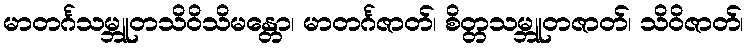
မာတင်္ဂသမ္ဘူတသိဝိသိမန္တော၊ မာတင်္ဂဇာတ်၊ စိတ္တသမ္ဘူတဇာတ်၊ သိဝိဇာတ်၊